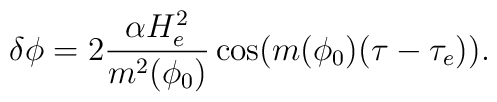
\delta \phi= 2\frac{\alpha H^2_e}{m^2(\phi_0)}\cos(m(\phi_0)(\tau-\tau_e)).